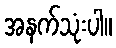
အနက်သုံးပါ။